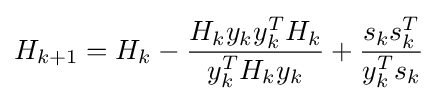
H_{k+1}=H_{k}-{\frac {H_{k}y_{k}y_{k}^{T}H_{k}}{y_{k}^{T}H_{k}y_{k}}}+{\frac {s_{k}s_{k}^{T}}{y_{k}^{T}s_{k}}}